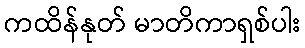
ကထိန်နုတ် မာတိကာရှစ်ပါး